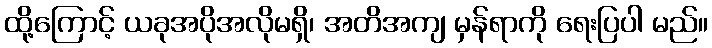
ထို့ကြောင့် ယခုအပိုအလိုမရှိ၊ အတိအကျ မှန်ရာကို ရေးပြပါ မည်။